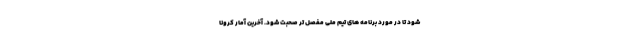
شود تا در مورد برنامه های تیم ملی مفصل تر صحبت شود. آخرین آمار کرونا